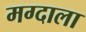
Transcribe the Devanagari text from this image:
मग्दाला